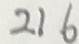
2 1 6